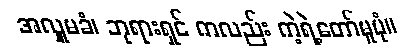
အလှူမခံ၊ ဘုရားရှင် ကလည်း ကဲ့ရဲ့တော်မူပုံ။